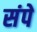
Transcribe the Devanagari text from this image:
संपे